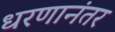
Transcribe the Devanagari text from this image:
धरणानंतर